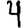
Digit: 4